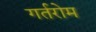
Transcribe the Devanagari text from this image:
गर्तरोम